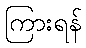
ကြားရန်